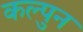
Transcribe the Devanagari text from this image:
कल्पुन